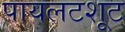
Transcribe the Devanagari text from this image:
पायलटशूट